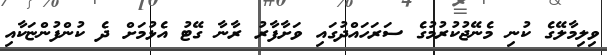
ވިލިމާލޭގެ ކުނި މެނޭޖުކުރުމުގެ ސަރަހައްދުގައި ވަށާފާރު ރާނާ ގޭޓު އެޅުމަށް ދެ ކުންފުންޏަކާއި